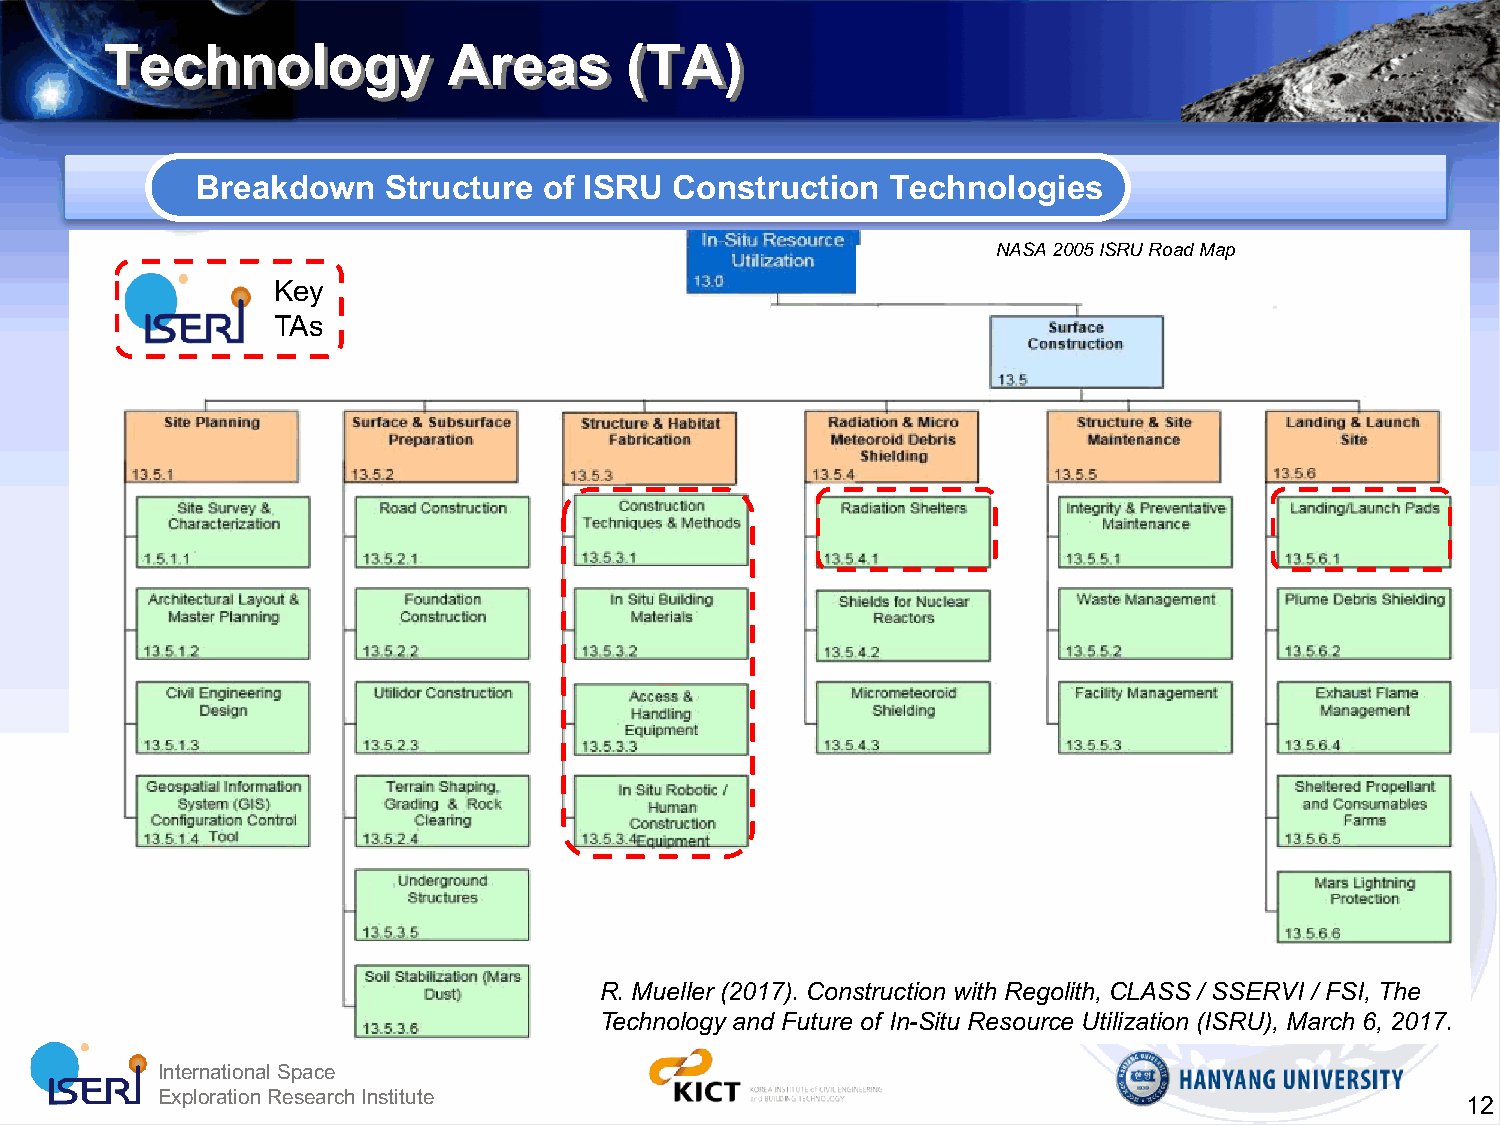
Technology             Areas      (TA)
 Breakdown   Structure  of ISRU  Construction  Technologies
 NASA 2005 ISRU Road Map
 Key
 TAs
 R. Mueller (2017). Construction with Regolith, CLASS / SSERVI / FSI, The
 Technology and Future of In-Situ Resource Utilization (ISRU), March 6, 2017.
 International Space
 Exploration Research Institute
 12